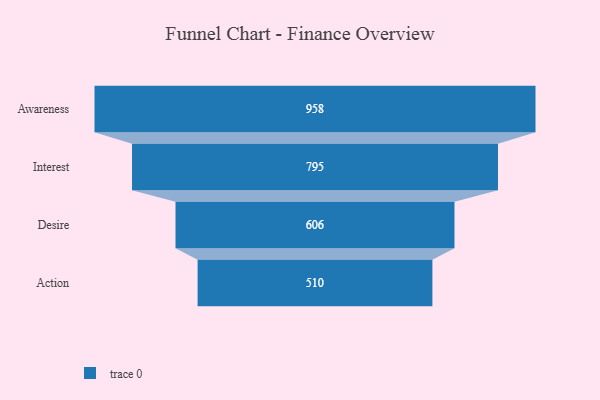
{"axis": {"x": "Stage", "y": "Value"}, "legend": [""], "data": [{"x": "Awareness", "y": 958.0, "type": ""}, {"x": "Interest", "y": 795.0, "type": ""}, {"x": "Desire", "y": 606.0, "type": ""}, {"x": "Action", "y": 510.0, "type": ""}]}